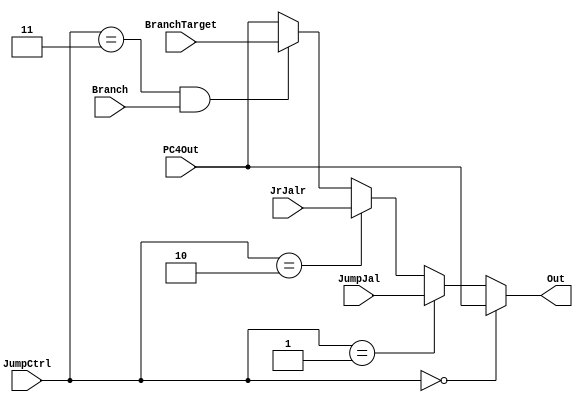
module Jmux_32bit(PC4Out, 
				  BranchTarget, 
				  JumpJal, 
				  JrJalr,
				  Branch,				  
				  JumpCtrl, 
				  Out);

    parameter bit_size = 32;

	input  [bit_size-1:0] PC4Out,BranchTarget,JumpJal,JrJalr;
	input  [1:0]JumpCtrl;	
	input  Branch;
	
	output reg[bit_size-1:0] Out;
	
	
	 always @ (*) begin

		      if(JumpCtrl==2'b00)begin
		         Out=PC4Out;
		end		
		else if (JumpCtrl==2'b01)begin			
				Out=JumpJal;
		end
		else if (JumpCtrl==2'b10)begin		
				Out=JrJalr;				
		end
		else if (JumpCtrl==2'b11 && Branch )begin //beq or Bne ,Target 
				Out=BranchTarget;
		end		
		else begin 
				Out=PC4Out;//beq  bne ,
			$display("JumpCtrl=%b ,Branch=%b ",JumpCtrl,Branch);
		end
	end
	
endmodule